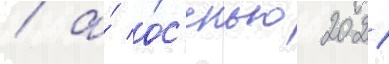
/ а́ о́с'енью 2021